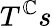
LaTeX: T^{\mathbb{C}}s